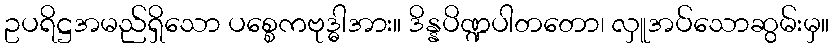
ဥပရိဋ္ဌအမည်ရှိသော ပစ္စေကဗုဒ္ဓါအား။ ဒိန္နပိဏ္ဍပါတတော၊ လှူအပ်သောဆွမ်းမှ။